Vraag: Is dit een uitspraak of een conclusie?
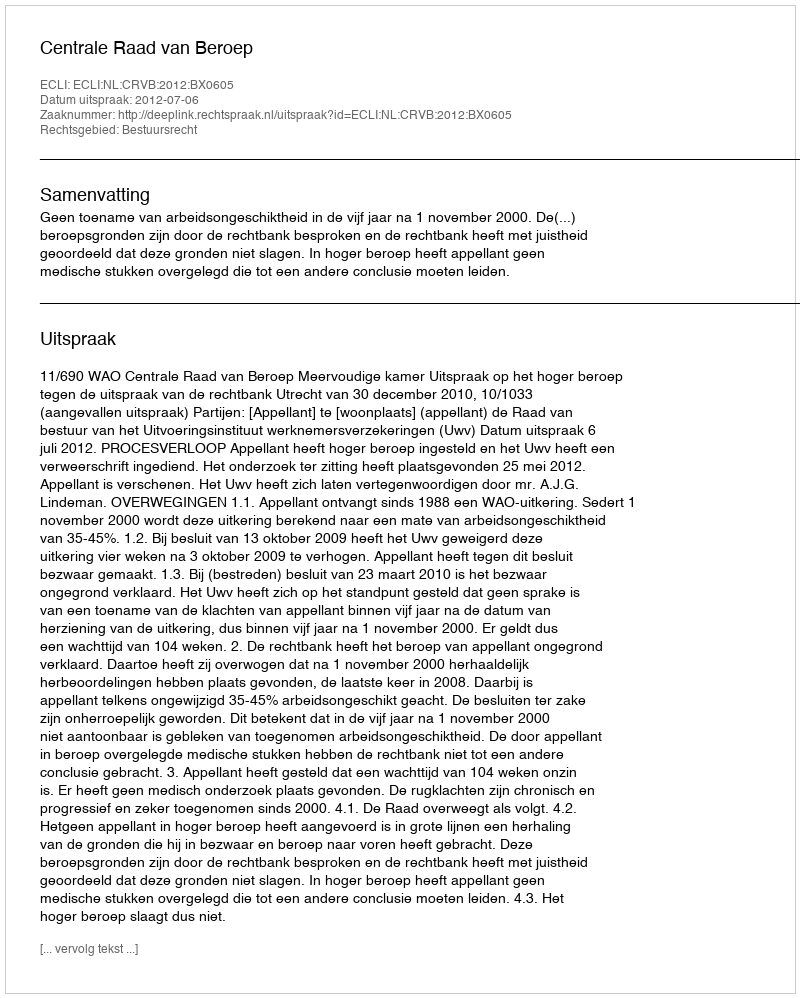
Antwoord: Uitspraak